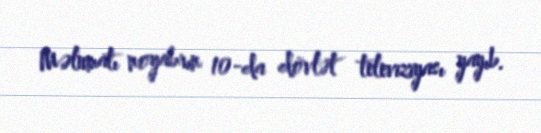
Məlumatı noyabrın 10-da dövlət televiziyası yayıb.